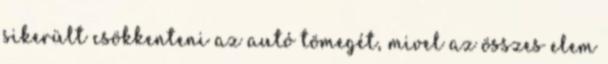
sikerült csökkenteni az autó tömegét, mivel az összes elem